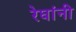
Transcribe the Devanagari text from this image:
रेघांनी